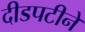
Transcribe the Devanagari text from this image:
दीडपटीने